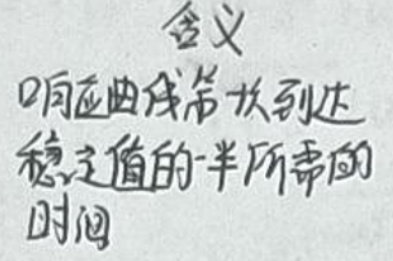
含义：响应曲线首次到达稳定值的一半所需的时间